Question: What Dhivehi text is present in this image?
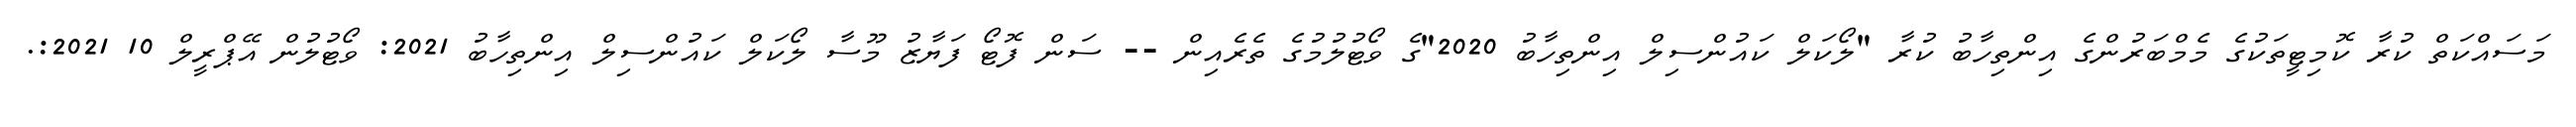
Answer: މަސައްކަތް ކުރާ ކޮމިޓީތަކުގެ މެމްބަރުންގެ އިންތިހާބު ކުރާ "ލޯކަލް ކައުންސިލް އިންތިހާބު 2020"ގެ ވޯޓުލުމުގެ ތެރެއިން -- ސަން ފޮޓޯ ފަޔާޒު މޫސާ ލޯކަލް ކައުންސިލް އިންތިހާބު 2021: ވޯޓުލުން އޭޕްރީލް 10 2021:.